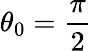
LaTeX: \theta_{0}=\frac{\pi}{2}